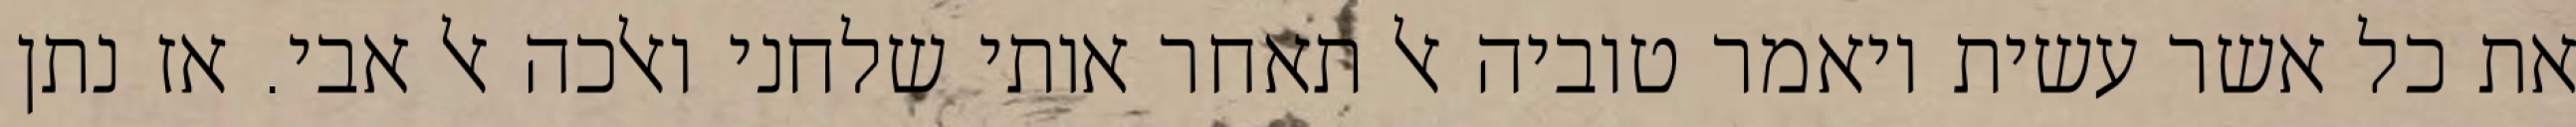
את כל אשר עשית ויאמר טוביה אל תאחר אותי שלחני ואלכה אל אבי. אז נתן